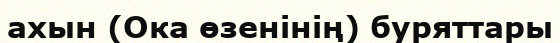
ахын (Ока өзенінің) буряттары